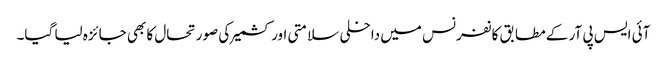
آئی ایس پی آر کے مطابق کانفرنس میں داخلی سلامتی اور کشمیر کی صورتحال کا بھی جائزہ لیا گیا۔